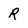
Character: R